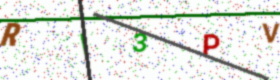
Text: RI3PV